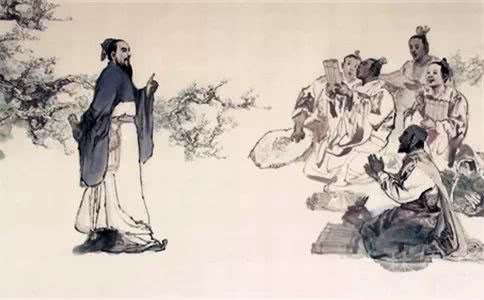
君子藏器于身，待时而动